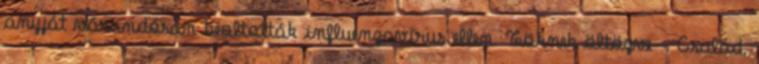
anyját várandósan beoltották influenzavírus ellen. Töknek öltözve - Család,